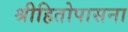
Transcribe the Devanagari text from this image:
श्रीहितोपासना